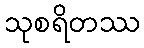
သုစရိတဿ